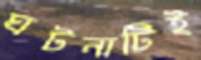
ঘটনাটিই